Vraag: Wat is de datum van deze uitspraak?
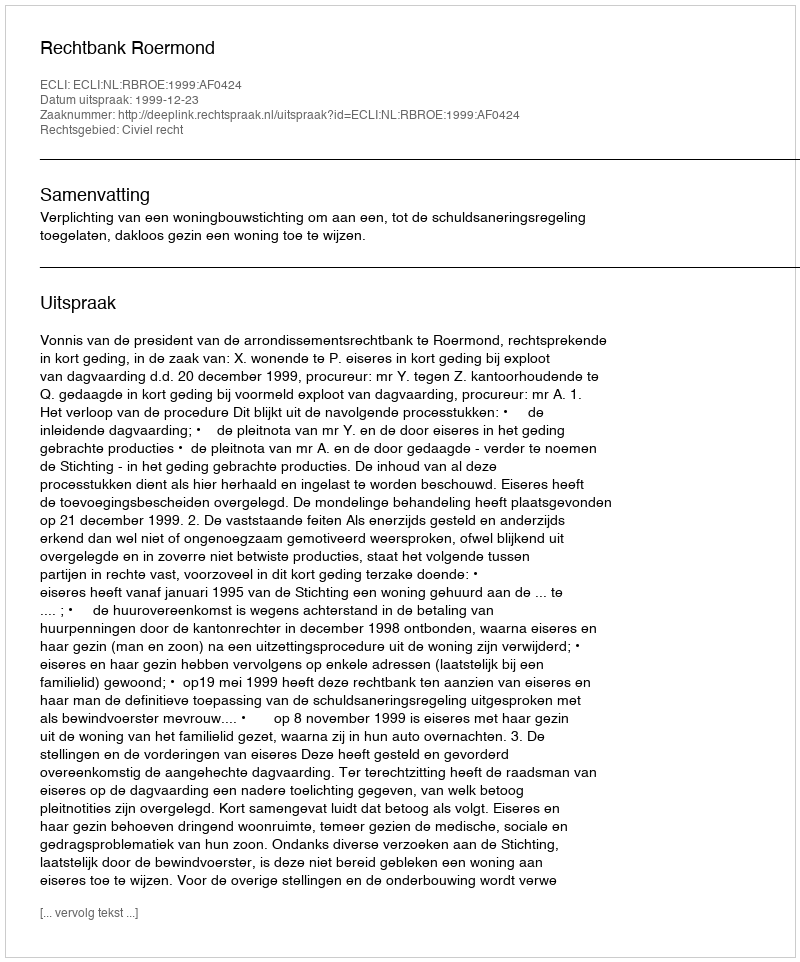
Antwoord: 1999-12-23